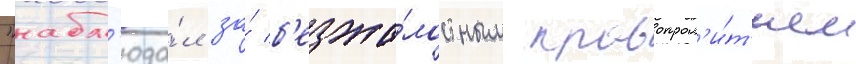
"набл'юда́л за́ б'езжа́лостным кровопрол'и́т'ием